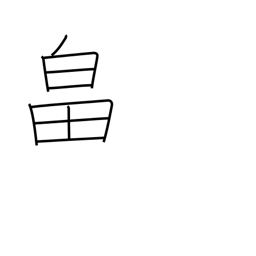
Meaning: farm